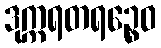
ဒုက္ကရတရဉ္စေဝ